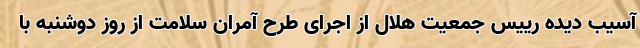
آسیب دیده رییس جمعیت هلال از اجرای طرح آمران سلامت از روز دوشنبه با